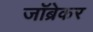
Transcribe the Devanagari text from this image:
जॉब्रेकर